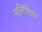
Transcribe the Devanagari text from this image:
मलिशिया